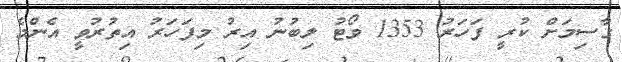
ގާސިމަށް ކުރީ ފަހަރު 1353 ވޯޓު ލިބުނު އިރު މިފަހަރު އިތުރުވީ އެންމެ